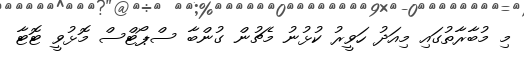
މި މުބާރާތުގައި މިއަދު ހަވީރު ކުޅުނު މެޗުން ގުންބާ ސްޕޯޓްސް މޮޅުވީ ޓޮޓާ